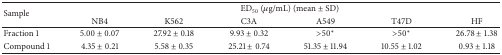
<table><thead><tr><td rowspan="2"><b>Sample</b></td><td colspan="6"><b>ED<sub>50</sub> (<i>μ</i>g/mL) (mean ± SD)</b></td></tr><tr><td><b>NB4</b></td><td><b>K562</b></td><td><b>C3A</b></td><td><b>A549</b></td><td><b>T47D</b></td><td><b>HF</b></td></tr></thead><tbody><tr><td>Fraction 1</td><td>5.00 ± 0.07</td><td>27.92 ± 0.18</td><td>9.93 ± 0.32</td><td>&gt;50<sup>*</sup></td><td>&gt;50<sup>*</sup></td><td>26.78 ± 1.38</td></tr><tr><td>Compound 1</td><td>4.35 ± 0.21</td><td>5.58 ± 0.35</td><td>25.21 ± 0.74</td><td>51.35 ± 11.94</td><td>10.55 ± 1.02</td><td>0.93 ± 1.18</td></tr></tbody></table>